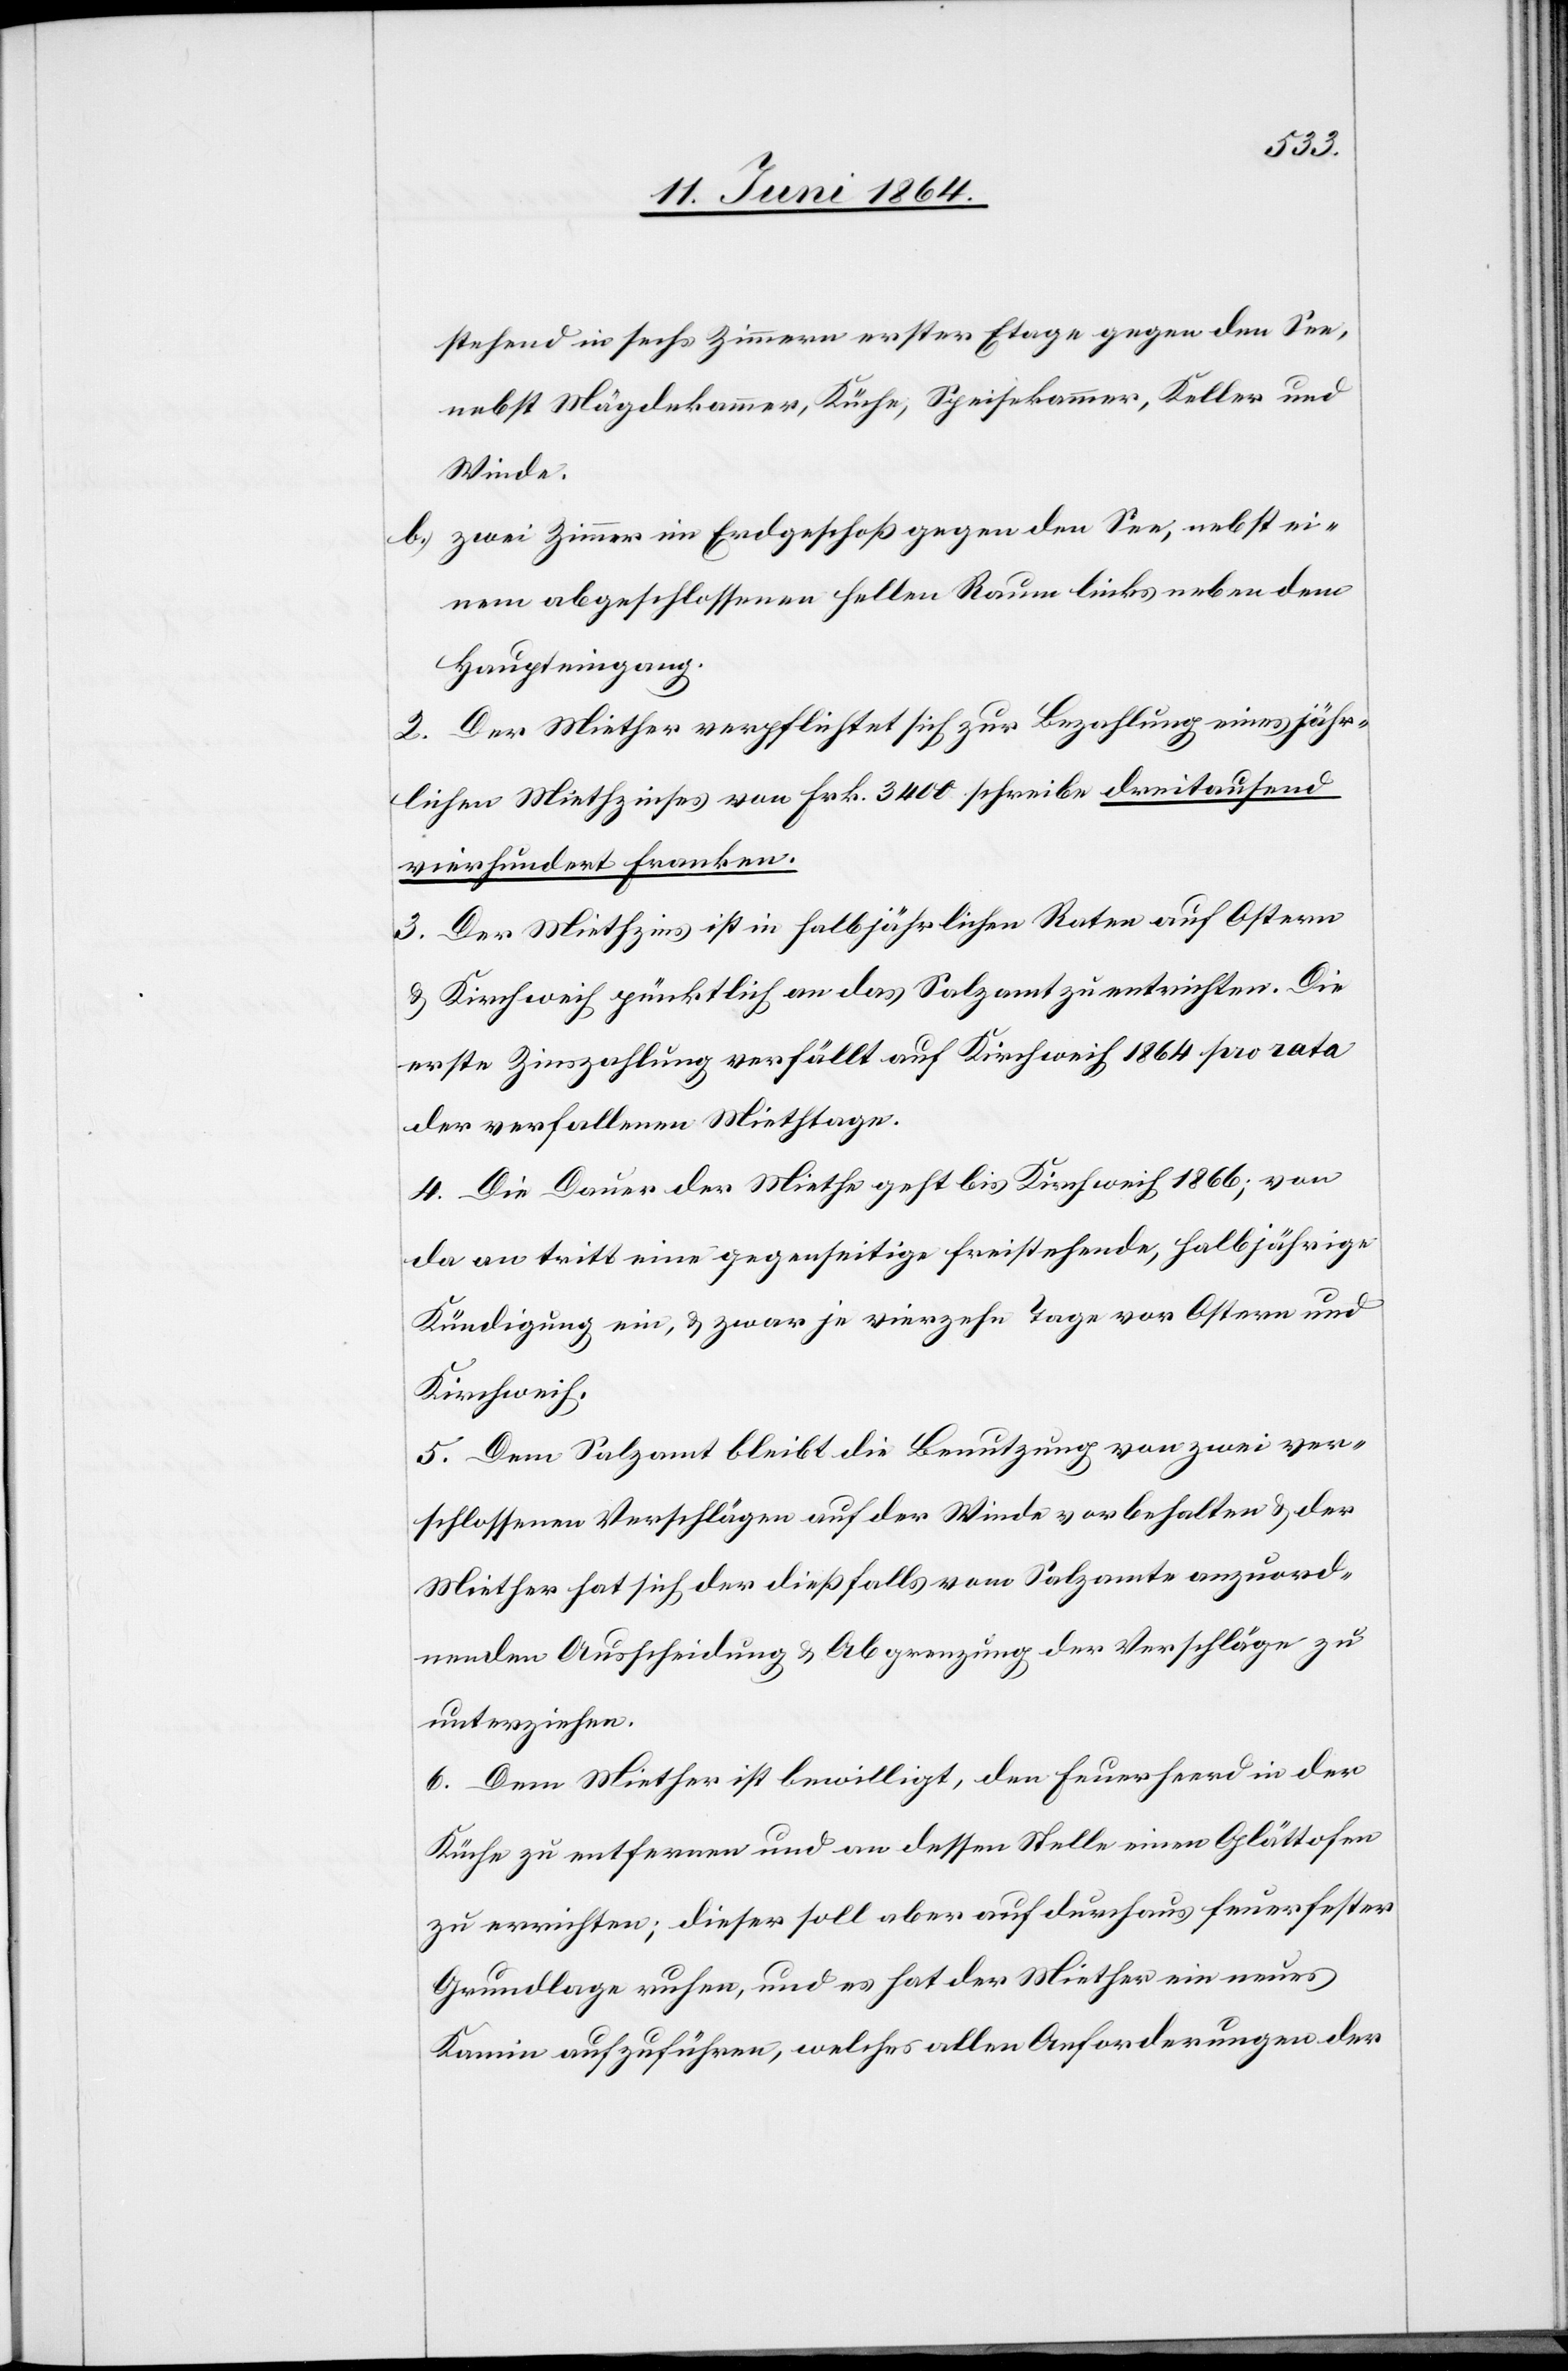
stehend in sechs Zimmern erster Etage gegen den See,
nebst Mägdekammer, Küche, Speisekammer, Keller und
Winde.
b.) zwei Zimmer im Erdgeschoß gegen den See, nebst ei¬
nem abgeschlossenen hellen Raum links neben dem
Haupteingang.
2. Der Miether verpflichtet sich zur Bezahlung eines jähr¬
lichen Miethzinses von Frk. 3400 schreibe dreitausend
vierhundert Franken.
3. Der Miethzins ist in halbjährlichen Raten auf Ostern
u. Kirchweih pünktlich an das Salzamt zu entrichten. Die
erste Zinszahlung verfällt auf Kirchweih 1864 pro rata
der verfallenen Miethtage.
4. Die Dauer der Miethe geht bis Kirchweih 1866; von
da an tritt eine gegenseitige freistehende, halbjährige
Kündigung ein, u. zwar je vierzehn Tage vor Ostern und
Kirchweih.
5. Dem Salzamt bleibt die Benutzung von zwei ver¬
schlossenen Verschlägen auf der Winde vorbehalten u. der
Miether hat sich der dießfalls vom Salzamte anzuord¬
nenden Ausscheidung u. Abgrenzung der Verschläge zu
unterziehen.
6. Dem Miether ist bewilligt, den Feuerheerd [sic!] in der
Küche zu entfernen und an dessen Stelle einen Glättofen
zu errichten; dieser soll aber auf durchaus feuerfester
Grundlage ruhen, und es hat der Miether ein neues
Kamin aufzuführen, welches allen Anforderungen der